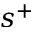
s ^ { + }